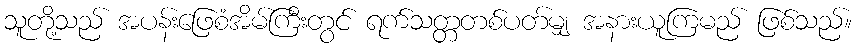
သူတို့သည် အပန်းဖြေစံအိမ်ကြီးတွင် ရက်သတ္တတစ်ပတ်မျှ အနားယူကြမည် ဖြစ်သည်။